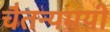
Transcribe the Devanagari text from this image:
चैतन्यमयी